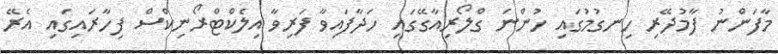
މާފަންނު ފާމުދޭރި ހިނގުމުގައި ހުންނަ ގްލޯރިއާގޭގައި ހަދާފައިވާ ފަރިވާ އިލެކްޓްރޯނިކްސް ފިހާރައިގައި އެރޭ